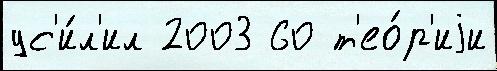
ус'и́л'ил 2003 60 т'ео́р'иjи